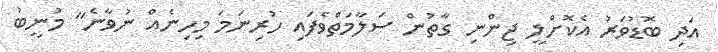
އަދި ބޮޑުވަރު އެކޮށްލީ ޖިންނި ގާތުން ސަލާމަތްވެފައި ހުރިނަމަ މިހިނެއް ނުވާނެ" މުނީބު